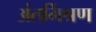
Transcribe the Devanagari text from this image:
अंतर्मिश्रण